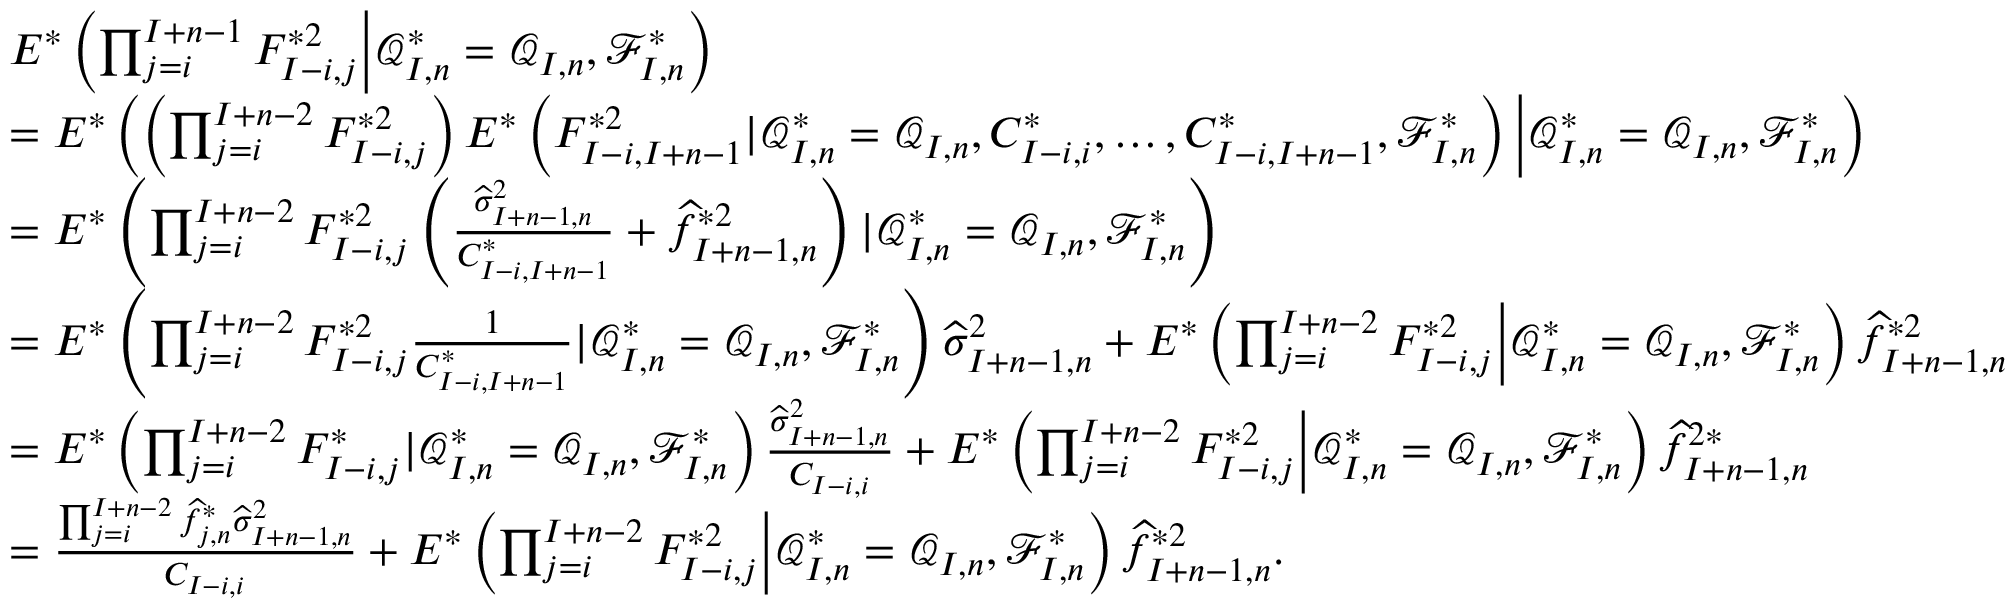
\begin{array} { r l } & { E ^ { * } \left( \prod _ { j = i } ^ { I + n - 1 } F _ { I - i , j } ^ { * 2 } \Big | \mathcal { Q } _ { I , n } ^ { * } = \mathcal { Q } _ { I , n } , \mathcal { F } _ { I , n } ^ { * } \right) } \\ & { = E ^ { * } \left( \left( \prod _ { j = i } ^ { I + n - 2 } F _ { I - i , j } ^ { * 2 } \right) E ^ { * } \left( F _ { I - i , I + n - 1 } ^ { * 2 } | \mathcal { Q } _ { I , n } ^ { * } = \mathcal { Q } _ { I , n } , C _ { I - i , i } ^ { * } , \ldots , C _ { I - i , I + n - 1 } ^ { * } , \mathcal { F } _ { I , n } ^ { * } \right) \Big | \mathcal { Q } _ { I , n } ^ { * } = \mathcal { Q } _ { I , n } , \mathcal { F } _ { I , n } ^ { * } \right) } \\ & { = E ^ { * } \left( \prod _ { j = i } ^ { I + n - 2 } F _ { I - i , j } ^ { * 2 } \left( \frac { \widehat \sigma _ { I + n - 1 , n } ^ { 2 } } { C _ { I - i , I + n - 1 } ^ { * } } + \widehat f _ { I + n - 1 , n } ^ { * 2 } \right) | \mathcal { Q } _ { I , n } ^ { * } = \mathcal { Q } _ { I , n } , \mathcal { F } _ { I , n } ^ { * } \right) } \\ & { = E ^ { * } \left( \prod _ { j = i } ^ { I + n - 2 } F _ { I - i , j } ^ { * 2 } \frac { 1 } { C _ { I - i , I + n - 1 } ^ { * } } | \mathcal { Q } _ { I , n } ^ { * } = \mathcal { Q } _ { I , n } , \mathcal { F } _ { I , n } ^ { * } \right) \widehat \sigma _ { I + n - 1 , n } ^ { 2 } + E ^ { * } \left( \prod _ { j = i } ^ { I + n - 2 } F _ { I - i , j } ^ { * 2 } \Big | \mathcal { Q } _ { I , n } ^ { * } = \mathcal { Q } _ { I , n } , \mathcal { F } _ { I , n } ^ { * } \right) \widehat f _ { I + n - 1 , n } ^ { * 2 } } \\ & { = E ^ { * } \left( \prod _ { j = i } ^ { I + n - 2 } F _ { I - i , j } ^ { * } | \mathcal { Q } _ { I , n } ^ { * } = \mathcal { Q } _ { I , n } , \mathcal { F } _ { I , n } ^ { * } \right) \frac { \widehat \sigma _ { I + n - 1 , n } ^ { 2 } } { C _ { I - i , i } } + E ^ { * } \left( \prod _ { j = i } ^ { I + n - 2 } F _ { I - i , j } ^ { * 2 } \Big | \mathcal { Q } _ { I , n } ^ { * } = \mathcal { Q } _ { I , n } , \mathcal { F } _ { I , n } ^ { * } \right) \widehat f _ { I + n - 1 , n } ^ { 2 * } } \\ & { = \frac { \prod _ { j = i } ^ { I + n - 2 } \widehat f _ { j , n } ^ { * } \widehat \sigma _ { I + n - 1 , n } ^ { 2 } } { C _ { I - i , i } } + E ^ { * } \left( \prod _ { j = i } ^ { I + n - 2 } F _ { I - i , j } ^ { * 2 } \Big | \mathcal { Q } _ { I , n } ^ { * } = \mathcal { Q } _ { I , n } , \mathcal { F } _ { I , n } ^ { * } \right) \widehat f _ { I + n - 1 , n } ^ { * 2 } . } \end{array}